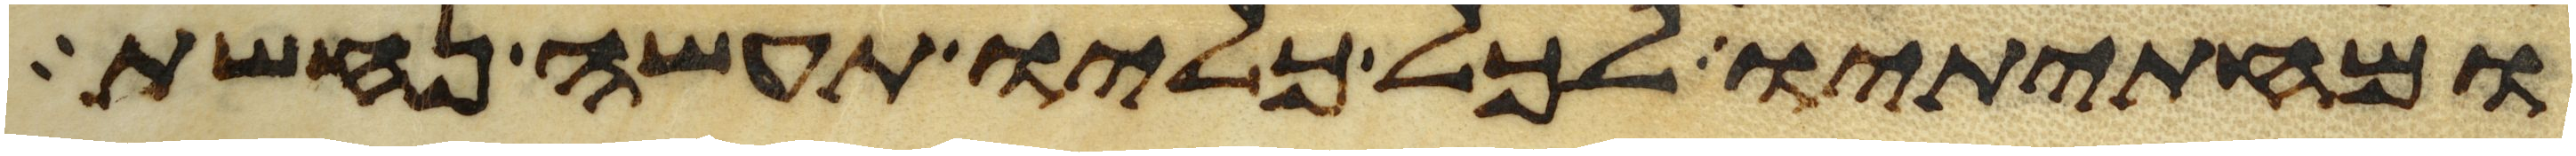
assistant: ומחתיתיו לכל כליו תעשה נחשת